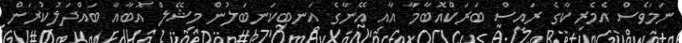
ނަމަވެސް އެމެރިކާގެ ރައީސް ބަރަކްއޮބާމާ އާއި އޭނާގެ އަނބިކަނބަލުން މިޝޭލް އޮބާއާ ބައްދަލުކުރަން